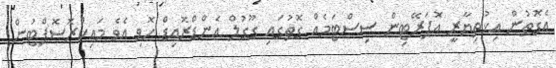
އެގޮތުން އިޚުތިޔާރީ އޮޕަރޭޓިން ސިސްޓަމެއް ގޮތުގައި ގޫގުލް އެންޑްރޮއިޑް ހޮވި އެވެ މައިކްރޮސޮފްޓުން